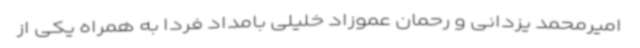
امیرمحمد یزدانی و رحمان عموزاد خلیلی بامداد فردا به همراه یکی از